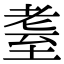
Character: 耋